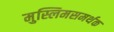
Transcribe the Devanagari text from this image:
मुस्लिमसमर्थक